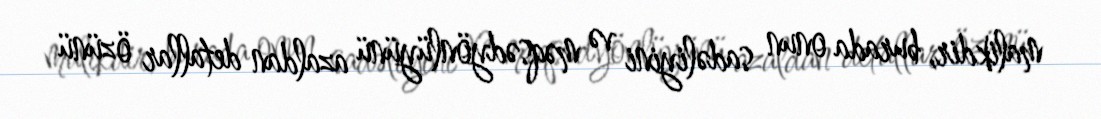
malikdir, burada onun sadəliyini və məqsədyönlüyünü azaldan detallar özünü